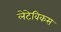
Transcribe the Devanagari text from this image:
लेटेविकस